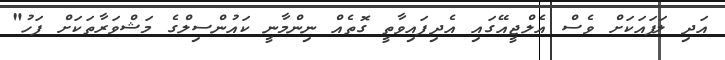
އަދި ލަފައަކަށް ވެސް އެލްޖީއޭގައި އެދިފައިވާތީ ގޮތެއް ނިންމާނީ ކައުންސިލްގެ މަޝްވަރާތަކަށް ފަހު"